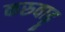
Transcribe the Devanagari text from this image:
करुवाट्टू